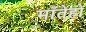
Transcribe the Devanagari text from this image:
माँतेहो